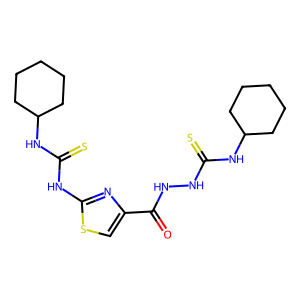
SMILES: O=C(NNC(=S)NC1CCCCC1)c1csc(NC(=S)NC2CCCCC2)n1
Inhibits HIV replication: No